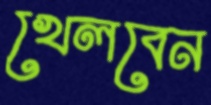
খেলবেন